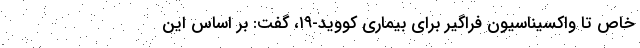
خاص تا واکسیناسیون فراگیر برای بیماری کووید-۱۹، گفت: بر اساس این